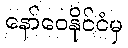
နော်ဝေနိုင်ငံမှ